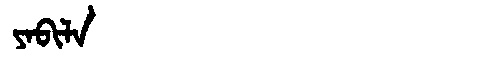
Manchu: ᠶᠠᠪᡳᠯᠠ
Romanization: YABILA